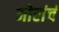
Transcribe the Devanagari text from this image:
मोरांचं